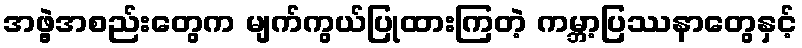
အဖွဲ့အစည်းတွေက မျက်ကွယ်ပြုထားကြတဲ့ ကမ္ဘာ့ပြဿနာတွေနှင့်